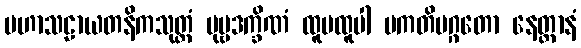
မဟာသဠာယတနိကသုတ္တံ ပုဗ္ဗဒက္ခိဏံ ထူပထူပါ ပကတိမဂ္ဂတော နေတ္တာနံ